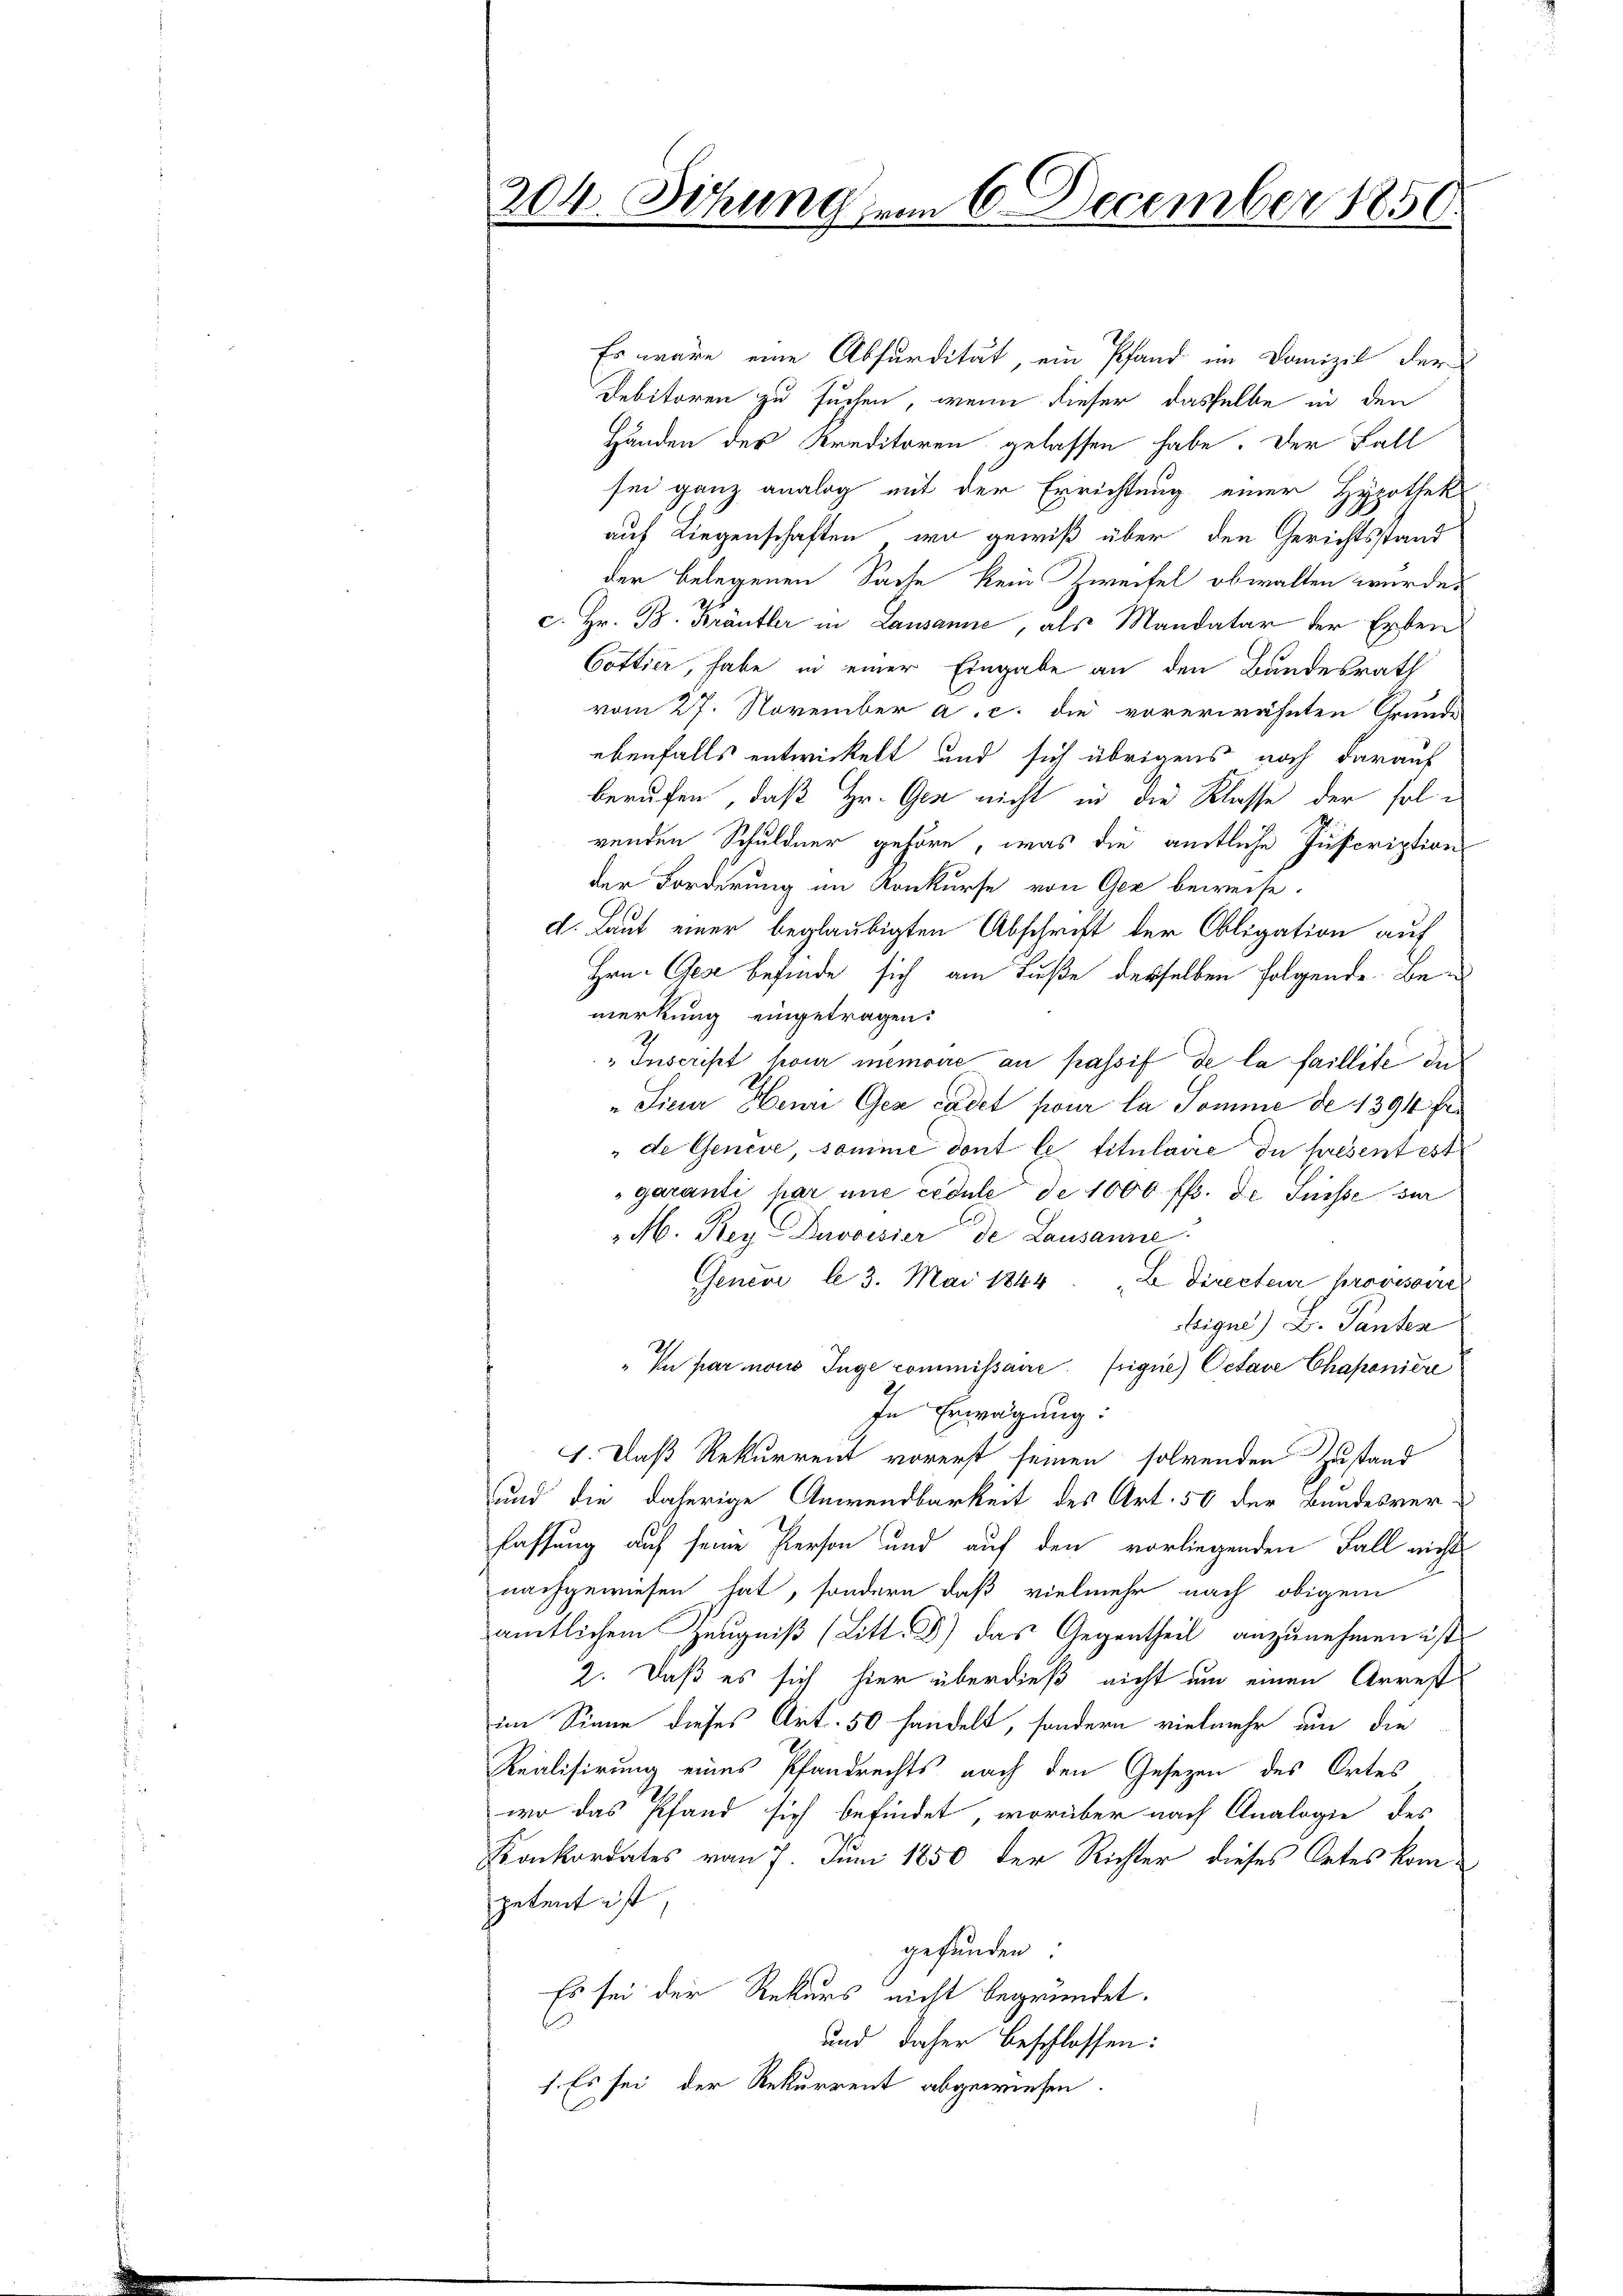
34. Sitzung vom 6. December 1850.

Es wäre eine Absurdität, ein Pfand im Domizil der
Debitoren zu suchen, wenn dieser dasselbe in den
Händen des Kreditoren gelassen habe. Der Fall
sei ganz analog mit der Errichtung einer Hypothek
auf Liegenschaften, wo gewiß über den Gerichtsstand
der belegenen Sache kein Zweifel obwalten wurde.
c. Hr. B. Kräutler in Lausanne, als Mandatar der Erben
Gottier, habe in einer Eingabe an den Bundesrath
vom 27. November a. c. die vorerwähnten Grunde
ebenfalls entwickelt und sich übrigens noch darauf
berufen, daß Hr. Gen nicht in die Klasse der folvenden Schuldner gehöre, was die amtliche Juscriptions
der Forderung im Konkurse von Gez beweise.
d. Laut einer beglaubigten Abschrift der Obligation auf
Hrn. Gese befinde sich am Fuße desselben folgende Bemerkung eingetragen:
„Inscript hour memoire an passif de la faillite de
"Sieur Heure Ger Cadet pour la Somme de 1394 fr
"de Genève, somme dont le titulaire du presentest
garanti par une cédule de 1000 ff. de Suisse sur
M. Rey-Devoisier de Lausanne
Genevi le 3. Mai 1844. L. Directeur provisoire
trigue) L. Tanten
In par nous Juge commissaire. Erigue) Octave Chaponiere
In Erwägung:
1. Daß Rekurrent vorerst seinen solvenden Zustand
und die daherige Anwendbarkeit des Art. 50 der Bundesverfassung auf seine Person und auf den vorliegenden Fall nichts
nachgewiesen hat, sondern daß vielmehr nach obigem
amtlichem Zeugniß (Litt. d) das Gegentheil anzunehmen ist.
2. Daß es sich hier überdieß nicht um einen Arrest
im Sinne dieses Art. 50 handelt, sondern vielmehr um die
Realisirung eines Pfandrechts nach den Gesetzen des Ortes
wo das Pfand sich befindet, worüber nach Analogie des
Konkordates vom 7. Juni 1850 der Richter dieses Ortes kom-
petent ist
gefunden:
Es sei der Rekurs nicht begründet.
und daher beschlossen:
1. Es sei, der Rekurrent abgewiesen.